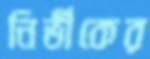
নির্ভীকের